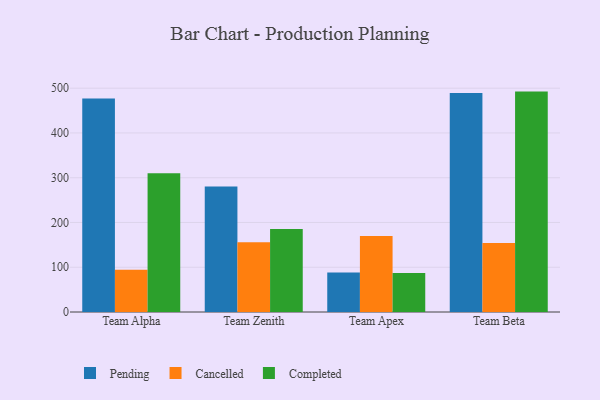
{"axis": {"x": "Team", "y": "LTV (USD)"}, "legend": ["Cancelled", "Completed", "Pending"], "data": [{"x": "Team Alpha", "y": 477.1, "type": "Pending"}, {"x": "Team Alpha", "y": 94.3, "type": "Cancelled"}, {"x": "Team Alpha", "y": 310.1, "type": "Completed"}, {"x": "Team Zenith", "y": 280.4, "type": "Pending"}, {"x": "Team Zenith", "y": 155.6, "type": "Cancelled"}, {"x": "Team Zenith", "y": 185.5, "type": "Completed"}, {"x": "Team Apex", "y": 88.0, "type": "Pending"}, {"x": "Team Apex", "y": 169.8, "type": "Cancelled"}, {"x": "Team Apex", "y": 86.9, "type": "Completed"}, {"x": "Team Beta", "y": 489.5, "type": "Pending"}, {"x": "Team Beta", "y": 154.3, "type": "Cancelled"}, {"x": "Team Beta", "y": 492.4, "type": "Completed"}]}